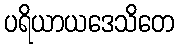
ပရိယာယဒေသိတေ